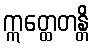
ဣတ္ထေတန္တိ